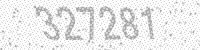
Solution: 327281